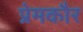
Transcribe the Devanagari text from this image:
प्रेमकौर